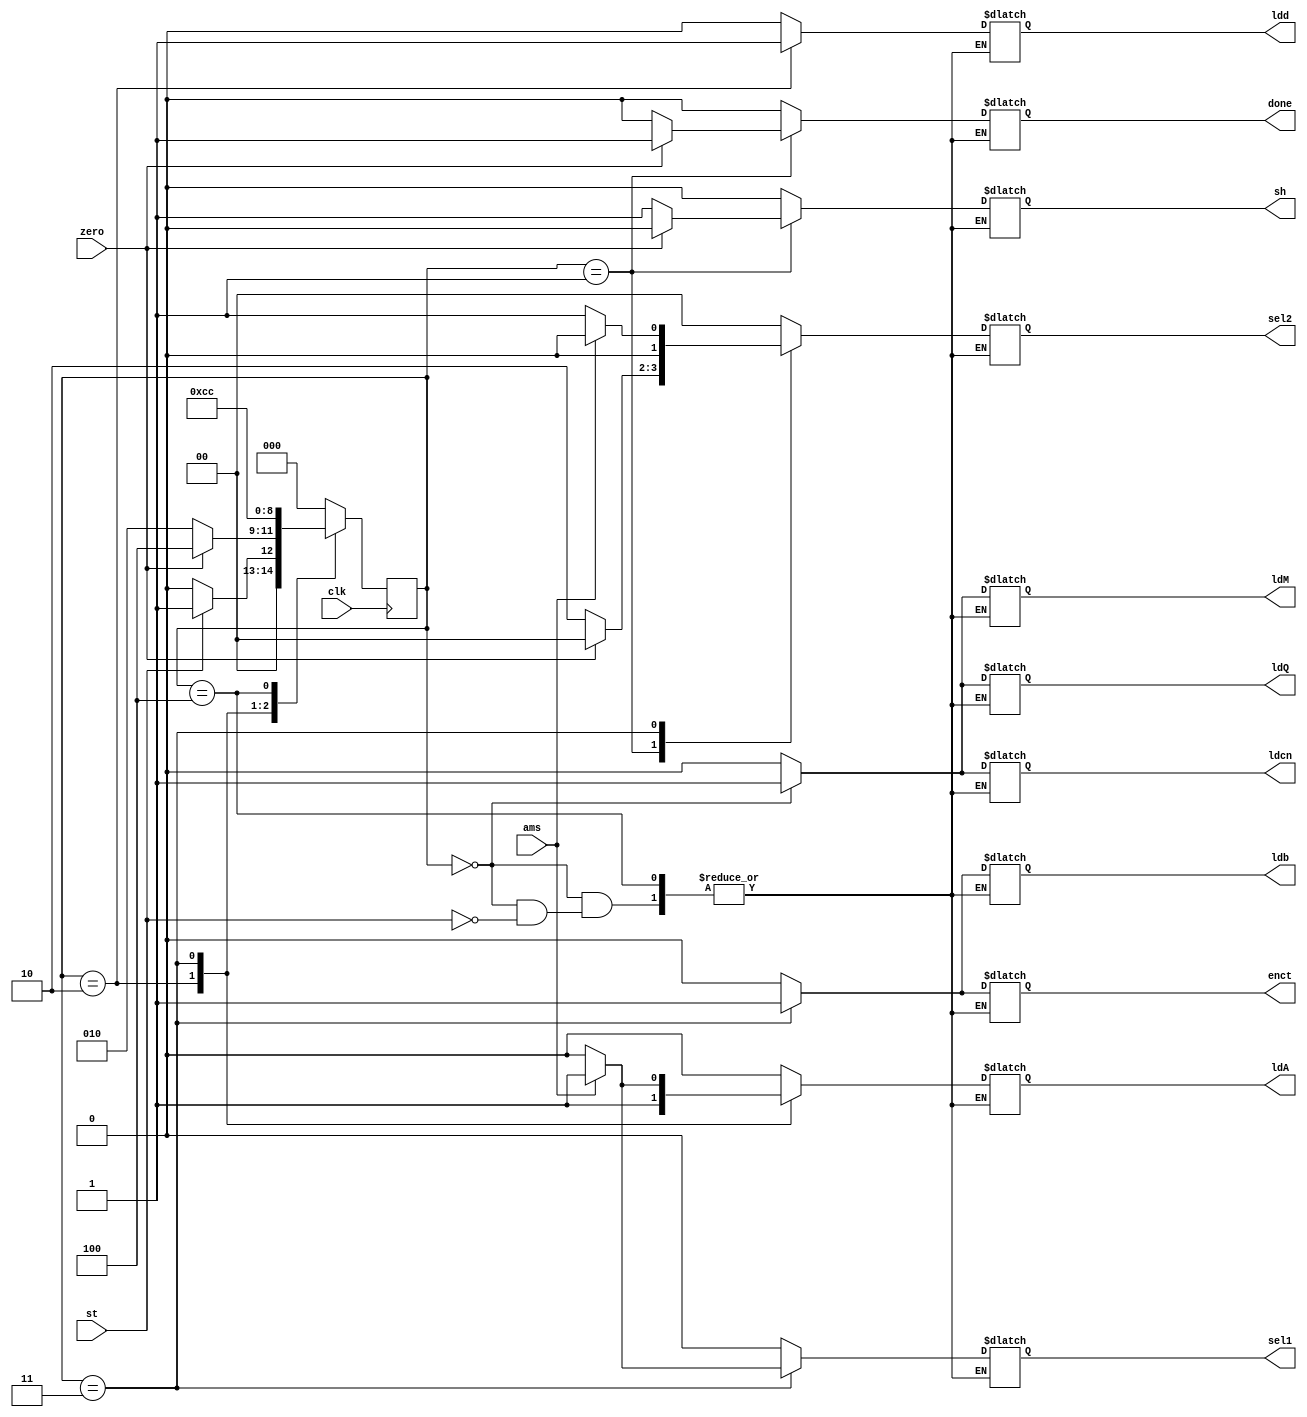
`timescale 1ns / 1ps
//////////////////////////////////////////////////////////////////////////////////
// Company: 
// Engineer: 
// 
// Design Name: 
// Module Name: RACPN
// Project Name: 
// Target Devices: 
// Tool Versions: 
// Description: 
// 
// Dependencies: 
// 
// Revision:
// Revision 0.01 - File Created
// Additional Comments:
// 
//////////////////////////////////////////////////////////////////////////////////


module RACPN(output reg ldQ,ldM,ldA,ldd,sh,sel1,ldcn,enct,ldb,done, output reg [1:0] sel2, input st,ams,clk,zero);
reg [2:0] state,next_state;
parameter s0 = 3'b000, s1= 3'b001, s2 = 3'b010, s3 =3'b011, s4 = 3'b100;
always @(posedge clk)
    state<=next_state;
always @(state,st,ams,zero)
begin
    case (state)
    s0 : if(st) begin ldQ=1;ldM=1;ldA=0;ldd=0;sh=0;sel1=0;sel2=0;ldcn=1;enct=0;ldb=0;done=0;next_state=s1; end else next_state=s0; 
    s1 : if(~zero) begin ldQ=0;ldM=0;ldA=0;ldd=0;sh=1;sel1=0;sel2=2'b10;ldcn=0;enct=0;ldb=0;done=0; next_state=s2; end
         else begin ldQ=0;ldM=0;ldA=0;ldd=0;sh=0;sel1=0;sel2=0;ldcn=0;enct=0;ldb=0;done=1;next_state=s4;end
    s2: begin ldQ=0;ldM=0;ldA=1;ldd=1;sh=0;sel1=0;sel2=0;ldcn=0;enct=0;ldb=0;done=0; next_state=s3; end
    s3 : if (ams) begin ldQ=0;ldM=0;ldA=1;ldd=0;sh=0;sel1=1;sel2=0;ldcn=0;enct=1;ldb=1;done=0;next_state=s1; end 
                else begin ldQ=0;ldM=0;ldA=0;ldd=0;sh=0;sel1=0;sel2=2'b01;ldcn=0;enct=1;ldb=1;done=0;next_state=s1; end 
    s4: next_state = s4; 
    default : begin ldQ=0;ldM=0;ldA=0;ldd=0;sh=0;sel1=0;sel2=0;ldcn=0;enct=0;ldb=0;done=0; next_state= s0; end
    endcase
end
endmodule